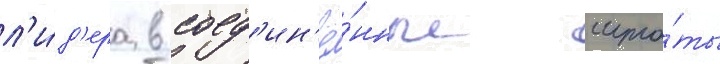
л'и́д'ера в соед'ин'ё́нные шта́ты